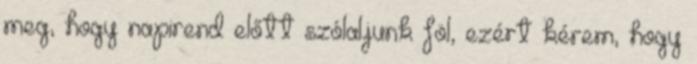
meg, hogy napirend előtt szólaljunk föl, ezért kérem, hogy